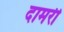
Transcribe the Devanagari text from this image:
दामरी